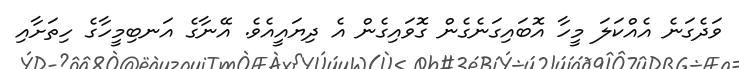
ވަދެގަނެ އެއްކަލަ މީހާ އޮބައިގަނެގެން ގޮވައިގެން އެ ދިޔައީއެވެ. އޭނާގެ އަނބިމީހާގެ ހިތަށާއި